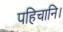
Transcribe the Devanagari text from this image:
पहिचानि।